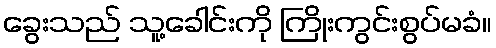
ခွေးသည် သူ့ခေါင်းကို ကြိုးကွင်းစွပ်မခံ။